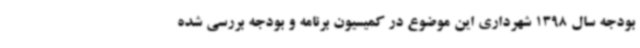
بودجه سال 1398 شهرداری این موضوع در کمیسیون برنامه و بودجه بررسی شده